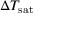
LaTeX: \Delta T _ { \mathrm { { s a t } } }